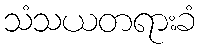
သံသယတရားခံ